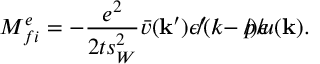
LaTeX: { \cal M } _ { f i } ^ { e } = - \frac { e ^ { 2 } } { 2 t s _ { W } ^ { 2 } } \bar { v } ( { \bf k } ^ { \prime } ) \epsilon ^ { \prime } \! \! \! / ( k \! \! \! / - p \! \! \! / ) \epsilon \! \! \! / u ( { \bf k } ) .